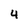
Character: 4